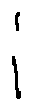
i